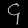
Digit: ၄